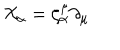
{ \cal X } _ { \alpha } = \zeta _ { \alpha } ^ { \mu } \partial _ { \mu }